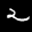
Label: 2